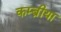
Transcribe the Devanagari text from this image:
कम्ब्रीया